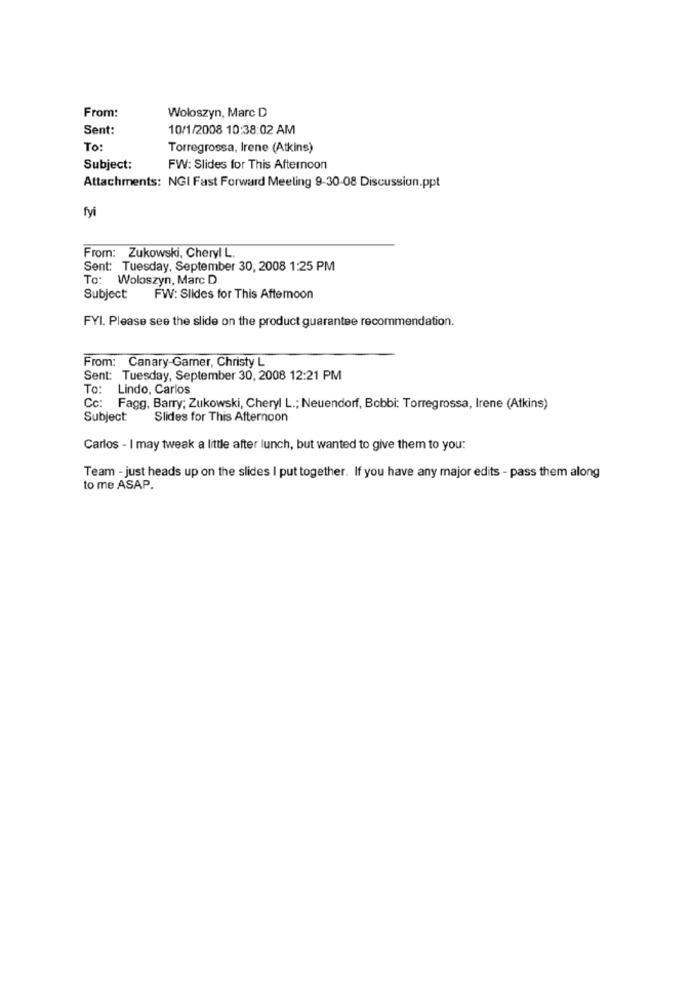
From:
Woloszyn, Marc D
Sent:
10/1/2008 10:38:02 AM
To:
Torregrossa, Irene (Atkins)
Subject:
FW: Slides for This Afternoon
Attachments: NGI Fast Forward Meeling 9-30-08 Discussion.ppt
fyi
From: Zukowski, Cheryl L
Sent: Tuesday, September 30, 2008 1:25 PM
To: Woloszyn, Marc D
Subject:
FW: Slides for This Afternoon
FYI. Please see the slide on the product guarantee recommendation.
From: Canary-Gamer, Christy L
Sent: Tuesday, September 30, 2008 12:21 PM
To:
Lindo, Carlos
Cc: Fagg, Barry; Zukowski, Cheryl L .; Neuendorf, Bobbi: Torregrossa, Irene (Atkins)
Subject:
Slides for This Afternoon
Carlos - I may tweak a little after lunch, but wanted to give them to you:
Team - just heads up on the slides I put together. If you have any major edits - pass them along
to me ASAP.